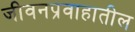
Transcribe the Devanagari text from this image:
जीवनप्रवाहातील